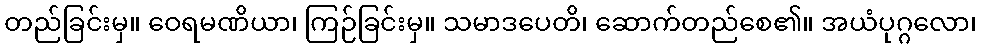
တည်ခြင်းမှ။ ဝေရမဏိယာ၊ ကြဉ်ခြင်းမှ။ သမာဒပေတိ၊ ဆောက်တည်စေ၏။ အယံပုဂ္ဂလော၊